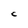
Character: C